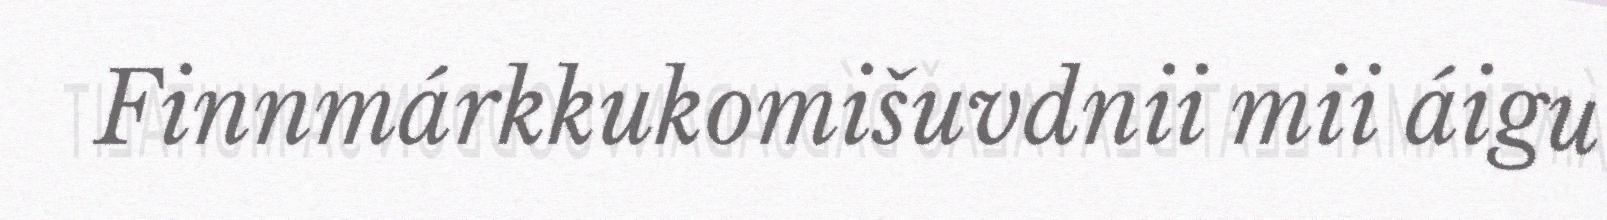
Finnmárkkukomišuvdnii mii áigu